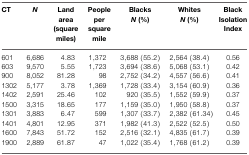
| CT | N | Land area (square miles) | People per square mile | Blacks N (%) | Whites N (%) | Black Isolation Index |
 | --- | --- | --- | --- | --- | --- | --- |
 | 601 | 6,686 | 4.83 | 1,372 | 3,688 (55.2) | 2,564 (38.4) | 0.56 |
 | 603 | 9,570 | 5.55 | 1,723 | 3,694 (38.6) | 5,068 (53.1) | 0.42 |
 | 900 | 8,052 | 81.28 | 98 | 2,752 (34.2) | 4,557 (56.6) | 0.41 |
 | 1302 | 5,177 | 3.78 | 1,369 | 1,728 (33.4) | 3,154 (60.9) | 0.36 |
 | 1402 | 2,591 | 25.46 | 102 | 920 (35.5) | 1,552 (59.9) | 0.37 |
 | 1500 | 3,315 | 18.65 | 177 | 1,159 (35.0) | 1,950 (58.8) | 0.37 |
 | 1301 | 3,883 | 6.47 | 599 | 1,307 (33.7) | 2,382 (61.34) | 0.45 |
 | 1401 | 4,801 | 12.95 | 371 | 1,982 (41.3) | 2,522 (52.5) | 0.50 |
 | 1600 | 7,843 | 51.72 | 152 | 2,516 (32.1) | 4,835 (61.7) | 0.39 |
 | 1900 | 2,889 | 61.87 | 47 | 1,022 (35.4) | 1,768 (61.2) | 0.39 |